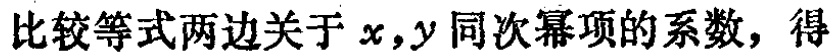
比较等式两边关于 \(x,y\) 同次幂项的系数，得